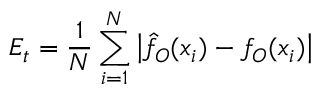
{ \cal { E } } _ { t } = \frac { 1 } { N } \sum _ { i = 1 } ^ { N } \left| \hat { f } _ { O } ( x _ { i } ) - f _ { O } ( x _ { i } ) \right|